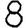
Digit: 8